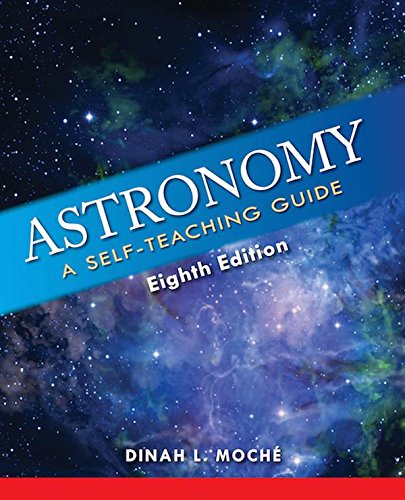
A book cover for Astronomy: A Self-Teaching Guide, Eighth Edition (Wiley Self Teaching Guides); Dinah L. Moche; Science & Math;